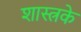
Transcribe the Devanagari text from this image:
शास्त्रके